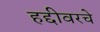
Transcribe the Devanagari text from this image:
हद्दीवरचे